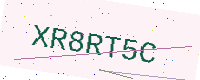
Text: XR8RT5C